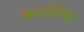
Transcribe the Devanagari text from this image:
नेबाल्टिक